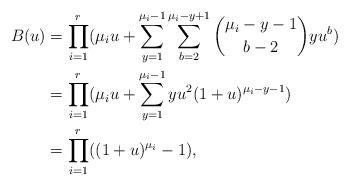
LaTeX: \begin{align*}B(u) &= \prod_{i=1}^{r} (\mu_i u+ \sum_{y=1}^{\mu_i-1} \sum_{b=2}^{\mu_i-y+1} \binom{\mu_i-y-1}{b-2} yu^{b})\\&= \prod_{i=1}^{r} (\mu_i u+ \sum_{y=1}^{\mu_i-1} yu^2 (1+u)^{\mu_i-y-1})\\&=\prod_{i=1}^{r} ((1+u)^{\mu_i}-1),\end{align*}